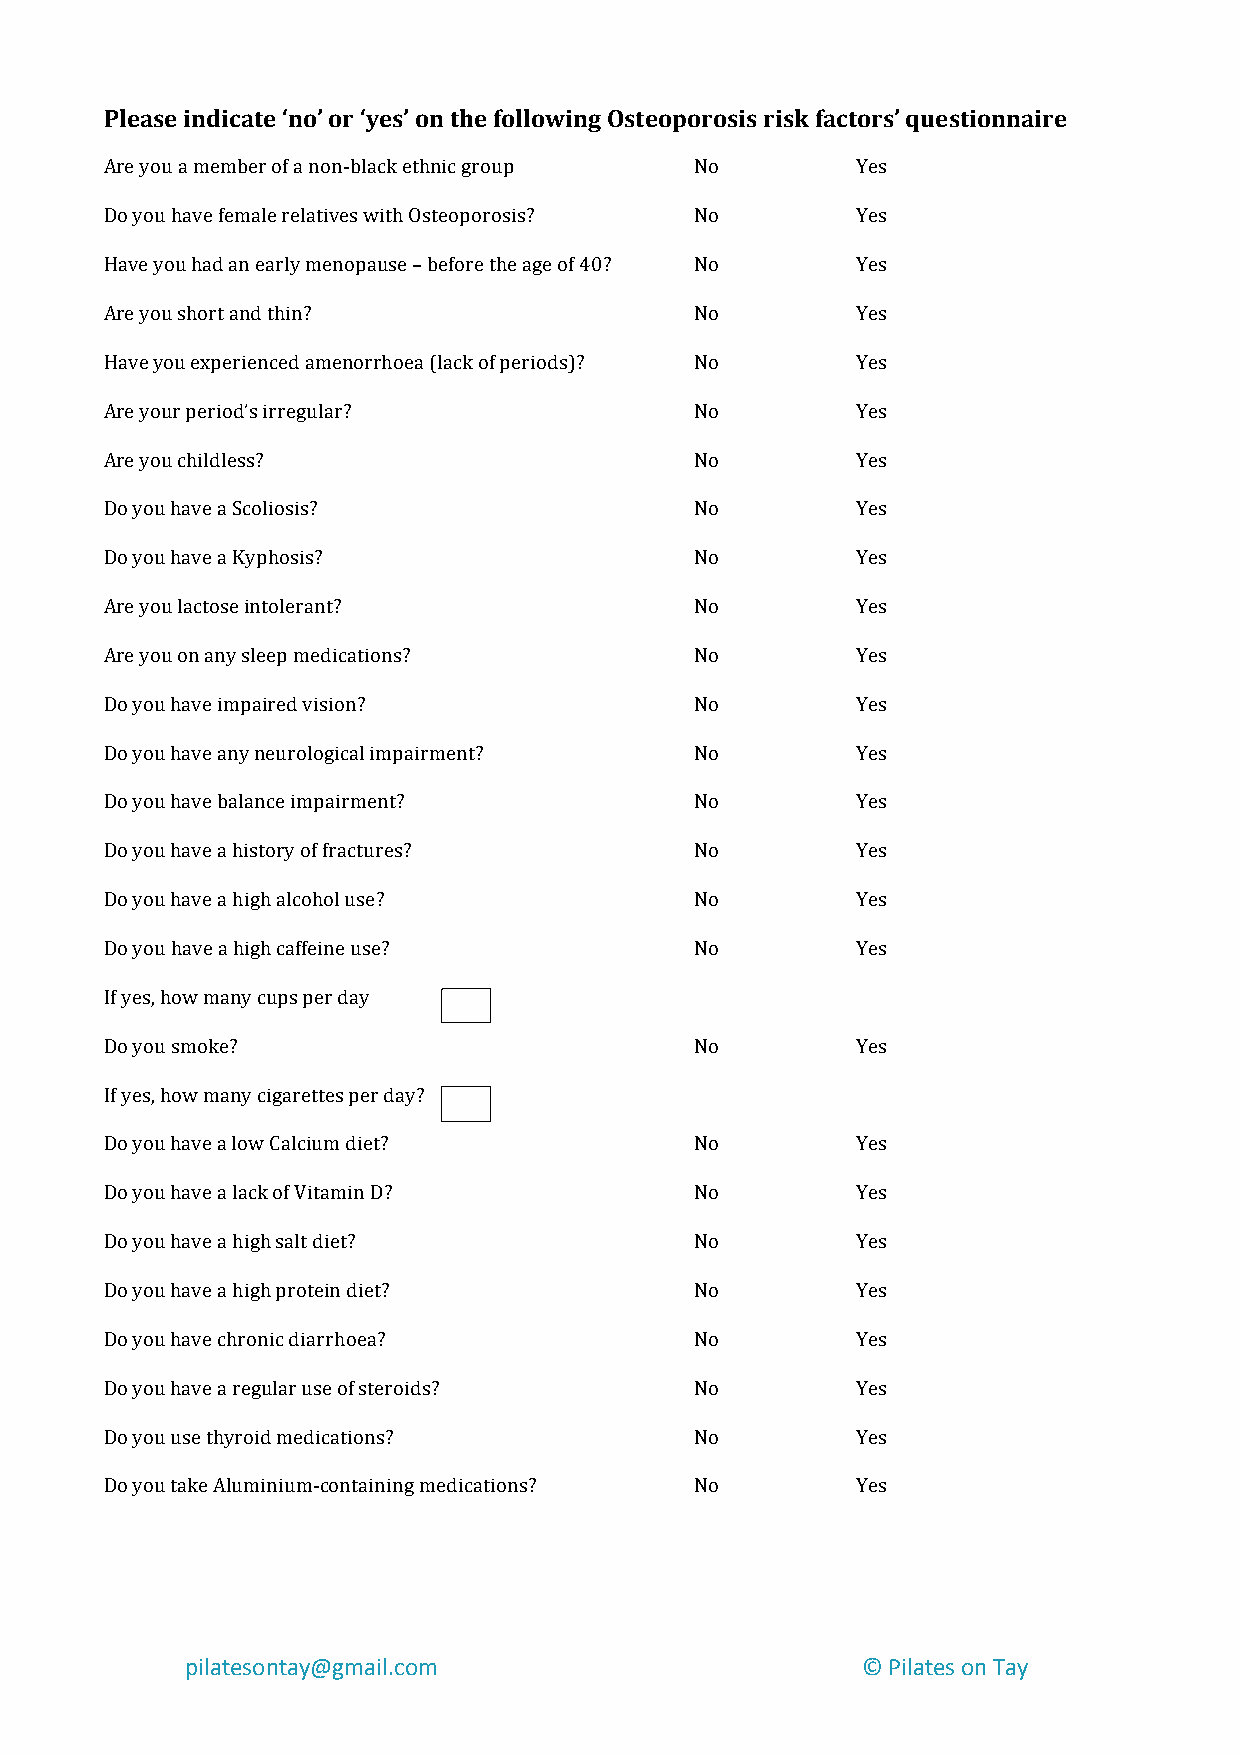
!
 Please!indicate!‘no’!or!‘yes’!on!the!following!Osteoporosis!risk!factors’!questionnaire!
 Are!you!a!member!of!a!nonHblack!ethnic!group! No! Yes!
 !
 Do!you!have!female!relatives!with!Osteoporosis?! No! Yes!
 !
 Have!you!had!an!early!menopause!–!before!the!age!of!40?! No! Yes!
 !
 Are!you!short!and!thin?!               No!        Yes!
 !
 Have!you!experienced!amenorrhoea!(lack!of!periods)?! No! Yes!
 !
 Are!your!period’s!irregular?!          No!        Yes!
 !
 Are!you!childless?!                    No!        Yes!
 !
 Do!you!have!a!Scoliosis?!              No!        Yes!
 !
 Do!you!have!a!Kyphosis?!               No!        Yes!
 !
 Are!you!lactose!intolerant?!           No!        Yes!
 !
 Are!you!on!any!sleep!medications?!     No!        Yes!
 !
 Do!you!have!impaired!vision?!          No!        Yes!
 !
 Do!you!have!any!neurological!impairment?! No!     Yes!
 !
 Do!you!have!balance!impairment?!       No!        Yes!
 !
 Do!you!have!a!history!of!fractures?!   No!        Yes!
 !
 Do!you!have!a!high!alcohol!use?!       No!!       Yes!
 !
 Do!you!have!a!high!caffeine!use?!      No!        Yes!
 !
 If!yes,!how!many!cups!per!day!!!!      !          !
 !
 !
 Do!you!smoke?!                         No!        Yes!
 !
 If!yes,!how!many!cigarettes!per!day?!!! !         !
 !
 !
 Do!you!have!a!low!Calcium!diet?!       No!        Yes!
 !
 Do!you!have!a!lack!of!Vitamin!D?!      No!        Yes!
 !
 Do!you!have!a!high!salt!diet?!         No!        Yes!
 !
 Do!you!have!a!high!protein!diet?!      No!        Yes!
 !
 Do!you!have!chronic!diarrhoea?!        No!        Yes!
 !
 Do!you!have!a!regular!use!of!steroids?! No!       Yes!
 !
 Do!you!use!thyroid!medications?!       No!        Yes!
 !
 Do!you!take!AluminiumHcontaining!medications?! No! Yes!
 !                                      !          !
 !
 !
 pilatesontay@gmail.com0       0              ©0Pilates0on0Tay020150